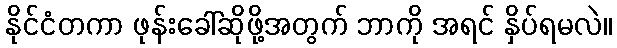
နိုင်ငံတကာ ဖုန်းခေါ်ဆိုဖို့အတွက် ဘာကို အရင် နှိပ်ရမလဲ။